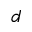
d